Indian journal of veterinary science and animal husbandry - Volume 10,
Year: 1940
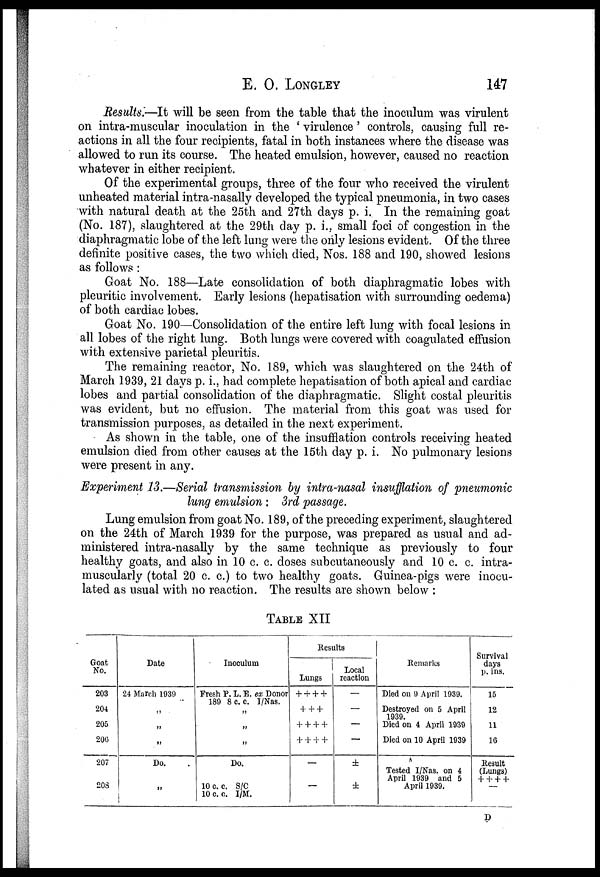
E. O. LONGLEY 147
Results.—It will be seen from the table that the inoculum was virulent
on intra-muscular inoculation in the ' virulence' controls, causing full re-
actions in all the four recipients, fatal in both instances where the disease was
allowed to run its course. The heated emulsion, however, caused no reaction
whatever in either recipient.
Of the experimental groups, three of the four who received the virulent
unheated material intra-nasally developed the typical pneumonia, in two cases
with natural death at the 25th and 27th days p. i. In the remaining goat
(No. 187), slaughtered at the 29th day p. i.. small foci of congestion in the
diaphragmatic lobe of the left lung were the only lesions evident. Of the three
definite positive cases, the two which died, Nos. 188 and 190, showed lesions
as follows :
Goat No. 188—Late consolidation of both diaphragmatic lobes with
pleuritic involvement. Early lesions (hepatisation with surrounding oedema)
of both cardiac lobes.
Goat No. 190—Consolidation of the entire left lung with focal lesions in
all lobes of the right lung. Both lungs were covered with coagulated effusion
with extensive parietal pleuritis.
The remaining reactor, No. 189, which was slaughtered on the 24th of
March 1939, 21 days p. i., had complete hepatisation of both apical and cardiac
lobes and partial consolidation of the diaphragmatic. Slight costal pleuritis
was evident, but no effusion. The material from this goat was used for
transmission purposes, as detailed in the next experiment.
As shown in the table, one of the insufflation controls receiving heated
emulsion died from other causes at the 15th day p. i. No pulmonary lesions
were present in any.
Experiment 13.—Serial transmission by intra-nasal insufflation of pneumonic
lung emulsion: 3rd passage.
Lung emulsion from goat No. 189, of the preceding experiment, slaughtered
on the 24th of March 1939 for the purpose, was prepared as usual and ad-
ministered intra-nasally by the same technique as previously to four
healthy goats, and also in 10 c. c. doses subcutaneously and 10 c. c. intra-
muscularly (total 20 c. c.) to two healthy goats. Guinea-pigs were inocu-
lated as usual with no reaction. The results are shown below :
TABLE XII
Goat
No.
203
204
205
206
207
208
Date
24 March 1939
„
„
„
Do.
„
Inoculum
Fresh P. L. E. ex Donor
189 8 c. c. I/Nas.
„
„
„
Do.
10 c. c. S/C
10 c. c. I/M.
Results
Lungs
+ + + +
+ + +
+ + + +
+ + + +
—
—
Local
reaction
—
—
—
—
±
±
Remarks
Died on 9 April 1939.
Destroyed on 5 April
1939.
Died on 4 April 1939
Died on 10 April 1939
Tested I/Nas. on 4
April 1939 and 5
April 1939.
Survival
days
p. ins.
15
12
11
16
Result
(Lungs)
+ + + +
—
D